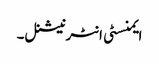
ایمنسٹی انٹرنیشنل۔